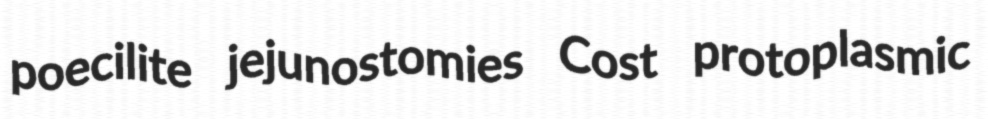
poecilite jejunostomies Cost protoplasmic